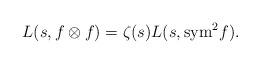
LaTeX: \begin{align*}L(s,f\otimes f) = \zeta(s)L(s,\textup{sym}^2f).\end{align*}